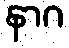
နာဂ